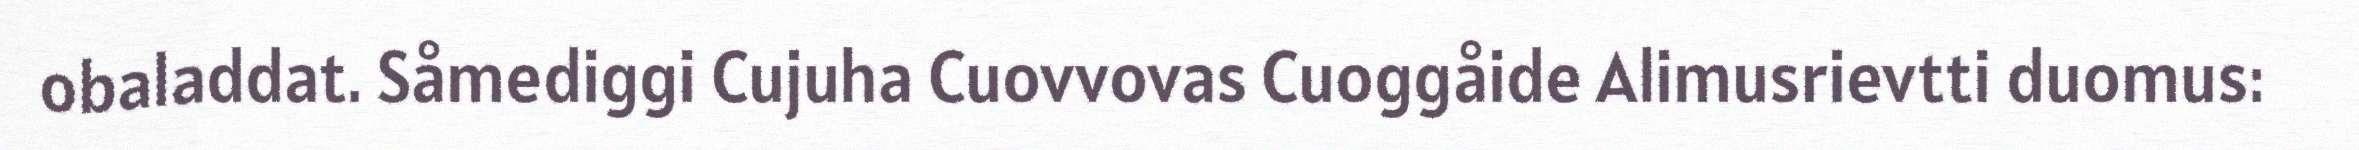
obaladdat. Såmediggi Cujuha Cuovvovas Cuoggåide Alimusrievtti duomus: